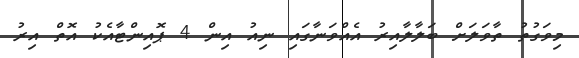
މިވަގުތު ތާވަލަށް ބަލާލާއިރު އެއްވަނާގައި ނިއު އިން 4 ޕޮއިންޓާއެކު އޮތް އިރު